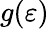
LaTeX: g(\varepsilon)